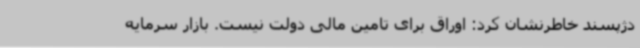
دژپسند خاطرنشان کرد: اوراق برای تامین مالی دولت نیست. بازار سرمایه